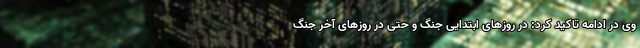
وی در ادامه تاکید کرد: در روزهای ابتدایی جنگ و حتی در روزهای آخر جنگ